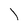
Character: l